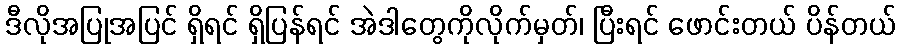
ဒီလိုအပြုအပြင် ရှိရင် ရှိပြန်ရင် အဲဒါတွေကိုလိုက်မှတ်၊ ပြီးရင် ဖောင်းတယ် ပိန်တယ်